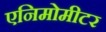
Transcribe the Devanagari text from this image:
एनिमोमीटर